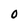
Character: 0